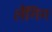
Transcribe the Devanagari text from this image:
लैंगिग